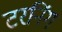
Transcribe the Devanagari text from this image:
टरनिंग